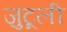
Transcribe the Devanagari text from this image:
ज़ुटूली